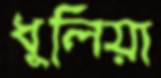
ধুলিয়া